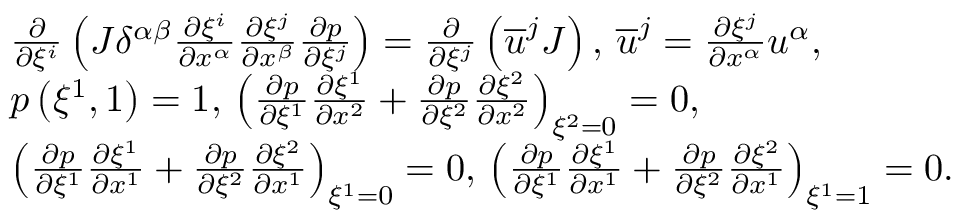
\begin{array} { r l } & { \frac { \partial } { \partial \xi ^ { i } } \left( J \delta ^ { \alpha \beta } \frac { \partial \xi ^ { i } } { \partial x ^ { \alpha } } \frac { \partial \xi ^ { j } } { \partial x ^ { \beta } } \frac { \partial p } { \partial \xi ^ { j } } \right) = \frac { \partial } { \partial \xi ^ { j } } \left( \overline { { u } } ^ { j } J \right) , \, \overline { { u } } ^ { j } = \frac { \partial \xi ^ { j } } { \partial x ^ { \alpha } } u ^ { \alpha } , } \\ & { p \left( \xi ^ { 1 } , 1 \right) = 1 , \, \left( \frac { \partial p } { \partial \xi ^ { 1 } } \frac { \partial \xi ^ { 1 } } { \partial x ^ { 2 } } + \frac { \partial p } { \partial \xi ^ { 2 } } \frac { \partial \xi ^ { 2 } } { \partial x ^ { 2 } } \right) _ { \xi ^ { 2 } = 0 } = 0 , } \\ & { \left( \frac { \partial p } { \partial \xi ^ { 1 } } \frac { \partial \xi ^ { 1 } } { \partial x ^ { 1 } } + \frac { \partial p } { \partial \xi ^ { 2 } } \frac { \partial \xi ^ { 2 } } { \partial x ^ { 1 } } \right) _ { \xi ^ { 1 } = 0 } = 0 , \, \left( \frac { \partial p } { \partial \xi ^ { 1 } } \frac { \partial \xi ^ { 1 } } { \partial x ^ { 1 } } + \frac { \partial p } { \partial \xi ^ { 2 } } \frac { \partial \xi ^ { 2 } } { \partial x ^ { 1 } } \right) _ { \xi ^ { 1 } = 1 } = 0 . } \end{array}